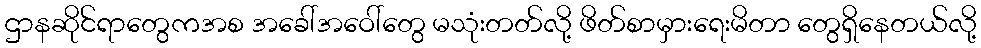
ဌာနဆိုင်ရာတွေကအစ အခေါ်အဝေါ်တွေ မသုံးတတ်လို့ ဖိတ်စာမှားရေးမိတာ တွေရှိနေတယ်လို့